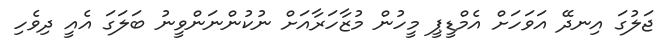
ޖަލުގަ އިނދޭ އަވަހަށް އެމްޑީޕީ މީހުން މުޒާހަރާއަށް ނުކުންނަންވީނު ބަލަގަ އެއީ ދިވެހި